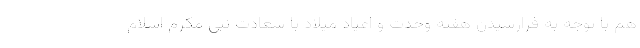
هم با توجه به فرارسیدن هفته وحدت و اعیاد میلاد با سعادت نبی مکرم اسلام